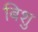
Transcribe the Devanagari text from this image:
बिशु